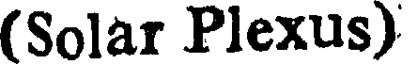
(Solar Plexus)